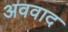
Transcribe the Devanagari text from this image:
अववाद